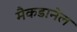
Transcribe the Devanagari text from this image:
मैकडानेल